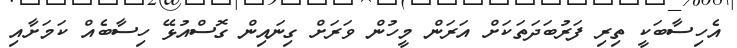
އެހިސާބަކީ ތިރި ފަރުބަދަތަކަށް އަރަން މީހުން ވަރަށް ގިނައިން ގޮސްއުޅޭ ހިސާބެއް ކަމަށާއި